Report of the Indian Hemp Drugs Commission, 1894-1895 - Volume VI
Year: 1894
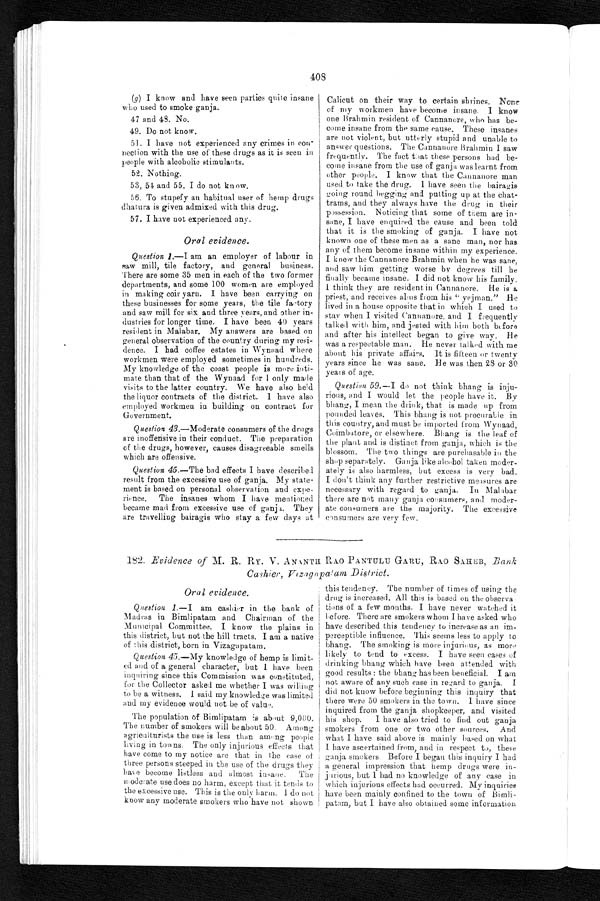
408
(g ) I know and have seen parties quite insane
who used to smoke ganja.
47 and 48. No.
49. Do not know.
51. I have not experienced any crimes in co
n -
n e c t i o n w i t h t h e u s e o f t h e s e d r u g s a s i t i s s e e n i n
people with alcoholic stimulants.
52.Nothing.
53, 54 and 55. I do not know.
56. To stupefy an habitual user of hemp drugs
dhatura is given admixed with this drug.
57. I have not experienced any.
Oral evidence.
Question 1.—I
am an employer of labour in
saw mill, tile factory, and general business.
There are some 35 men in each of the two former
departments, and some 100 women are employed
in making coir yarn. I have been carrying on
these businesses for some years, the tile factory
and saw mill for six and three years, and other in
-
dustries for longer time. I have been 40 years
resident in Malabar. My answers are based on
general observation of the country during my resi
-
dence. I had coffee estates in Wynaad where
workmen were employed sometimes in hundreds.
My knowledge of the coast people is more inti
-
mate than that of the Wynaad for I only made
visits to the latter country. We have also held
the liquor contracts of the district. I have also
employed workmen in building on contract for
Government.
Question 43 .—Moderate consumers of the drugs
are inoffensive in their conduct. The preparation
of the drugs, however, causes disagreeable smells
which are offensive.
Question 45.—The bad effects I have described
result from the excessive use of ganja. My state
-
ment is based on personal observation and expe
-
rience. The insanes whom I have mentioned
became mad from excessive use of ganja. They
are travelling bairagis who stay a few days at
Calicut on their way to certain shrines. None
of my workmen have become insane. I know
one Brahmin resident of Cannanore, who has b
e -
come insane from the same cause. These insanes
are not violent, but utterly stupid and unable to
answer questions. The Cannanore Brahmin I saw
frequently. The fact that these persons had be
-
come insane from the use of ganja was learnt from
other people. I know that the Cannanore man
used to take the drug. I have seen the bairagis
going round begging and put
t i n g u p a t t h e c h a t -
trams, and they always have the drug in their
possession. Noticing that some of them are in
-
sane, I have enquired the cause and been told
that it is the smoking of ganja. I have not
known one of these men as a sane man, nor has
any of them become insane within my experience.
I knew the Cannanore Brahmin when he was sane,
and saw him getting worse by degrees till he
finally became insane. I did not know his family.
I think they are resident in Cannanore. He is a
priest, and receives alms from his "yejman." He
lived in a house opposite that in which I used to
stay when I visited Cannanore, and I frequently
talked with him, and jested with him both before
and after his intellect began to give way. He
was a respectable man. He never talked with me
about his private affairs. It is fifteen or twenty
years since he was sane. He was then 28 or 30
years of age.
Question 59 .—I do not think bhang is inju
-
ious, and I would let the people have it. By
bhang, I mean the drink, that is made up from
pounded leaves. This bhang is not procurable in
this country, and must be imported from Wynaad,
Coimbatore, or elsewhere. Bhang is the leaf of
the plant and is distinct from ganja, which is the
blossom. The two things are purchasable in the
shop separately. Ganja like alcohol taken moder-
a t e l y i s a l s o h a r m l e s s b u t e x c e s s i s v e r y b a d .
I don't think any further restrictive measures are
necessary with regard to ganja. In Malabar
there are not many ganja consumers, and moder
-
rate consumers are the majority. The excessive
consumers are very few.
1. 182. Evidence of M. R. RY. V. ANANTH RAO PANTULU GARU, RAO SAHEB, Bank
Cashier, Vizagapatam District.
Oral evidence.
Question 1 .—I am cashier in the bank of
Madras in Bimlipatam and Chairman of the
Municipal Committee. I know the plains in
this district, but not the hill tracts. I am a native
of this district, born in Vizagapatam.
Question 45 .—My knowledge of hemp is limit
-
ed and of a general character, but I have been
inquiring since this Commission was constituted,
for the Collector asked me whether I was willing
to be a witness. I said my knowledge was limited
and my evidence would not be of value.
The population of Bimlipatam is about 9,000.
The number of smokers will be about 50. Among
agriculturists the use is less than among people
living in towns. The only injurious effects that
have come to my notice are that in the case of
three persons steeped in the use of the drugs they
have become listless and almost insane. The
moderate use does no harm, except that it, tends to
the excessive use. This is the only harm. I do not
know any moderate smokers who have not shown
this tendency. The number of times of using the
drug is increased. All this is based on the observ
a -
tions of a few months. I have never watched it
before. There are smokers whom I have asked who
have described this tendency to increase as an
i m -
perceptible influence. This seems less to apply to
bhang. The smoking is more injurious, as more
likely to tend to excess. I have seen cases of
drinking bhang which have been attended with
good results: the bhang has been beneficial. I am
not aware of any such case in regard to ganja. I
did not know before beginning this inquiry that
there were 50 smokers in the town. I have since
inquired from the ganja shopkeeper, and visited
his shop. I have also tried to find out ganja
smokers from one or two other sources. And
what I have said above is mainly based on what
I have ascertained from, and in respect to, these
ganja smokers. Before I began this inquiry I had
a general impression that hemp drugs were in
-
jurious, but I had no knowledge of any case in
which injurious effects had occurred. My inquiries
have been mainly confined to the town of Bimli
-
patam, but I have also obtained some information